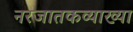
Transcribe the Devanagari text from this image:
नरजातकव्याख्या